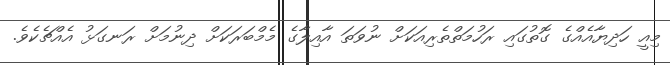
މިއީ ހަދިޔާއެއްގެ ގޮތުގައި ރަހުމަތްތެރިއަކަށް ނުވަތަ އާއިލާގެ މެމްބަރަކަށް ދިނުމަށް ރަނގަޅު އެއްޗެކެވެ.